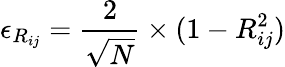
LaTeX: \epsilon_{R_{ij}}=\frac{2}{\sqrt{N}}\times(1-R_{ij}^{2})